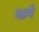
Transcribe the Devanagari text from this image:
वागे